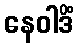
နေဝါဒိံ